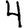
Digit: 4